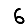
Digit: 6